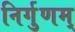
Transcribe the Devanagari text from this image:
निर्गुणम्